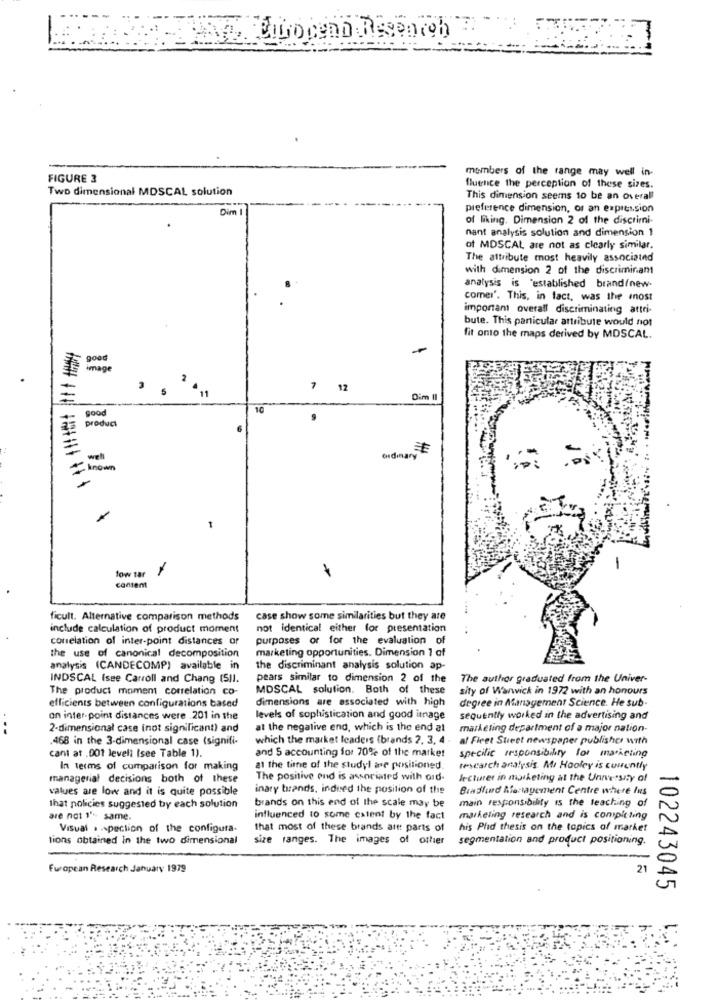
members of the range may well in-
FIGURE 3
Two dimensional MDSCAL solution
fluence the perception of these sizes.
This dimension seems to be an overall
Dim
preference dimension, os an expression
of liking. Dimension 2 of the discrimni-
nant analysis solution and dimension 1
of MDSCAL are not as clearly similar.
The attribute most heavily associated
with dimension 2 of the discriminant
analysis is "established brand/new-
comer'. This, in fact, was the mnost
important overall discriminating attri-
bute. This panicular attribute would not
fit onto the maps derived by MDSCAL.
image
7 12
Dim II
10
good
product
well
ordinary
- known
1
-
Sow tar
content
ficult. Alternative comparison methods
case show some similarities but they are
include calculation of product moment
not identical either for presentation
conelation of inter-point distances or
purposes or for the evaluation of
marketing opportunities. Dimension 1 of
the use of canonical decomposition
analysis (CANDECOMP) available in
the discriminant analysis solution ap-
INDSCAL Isee Carroll and Chang (511.
pears similar to dimension 2 of the
The author graduated from the Univer-
The product moment correlation co-
MDSCAL solution. Both of these
sity of Warwick in 1972 with an honours
efficients between configurations based
dimensions are associated with high
degree in Management Science. He sub-
on inter-point distances were .201 in the
levels of sophistication and good image
sequently worked in the advertising and
2-dimensional case inot significant) and
at the negative end, which is the end al
marketing department of a major nation-
.468 in the 3-dimensional case (signifi-
which the market leaders (brands 2, 3, 4 - af Firet Street newspaper publisher with
and 5 accounting for 70% of the market
cant at .001 levell Isee Table 1).
specific responsibility for marketing
In terms of comparison for making
at the time of the studyl ase positioned.
research analysis Mr Hooley is currently
managerial decisions both of these
The positive and is associated with aid-
lecturer in marketing at the University of
values are low and it is quite possible
inary brands, indeed the position of the
Bindlund Management Centre where Ins
brands on this end of the scale may be
that policies suggested by each solution
main responsibility is the teaching of
are not 1'- same.
influenced to some extent by the fact
marketing research and is completing
Visual . . pection of the configura.
that most of these brands artt parts of
his Phd thesis on the topics of market
lions obtained in the two dimensional
size ranges. The images of other
segmentation and product positioning.
European Research January 1979
21
102243045